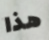
هذا